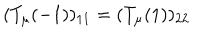
( T _ { \mu } ( - 1 ) ) _ { 1 1 } = ( T _ { \mu } ( 1 ) ) _ { 2 2 }